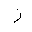
Letter: _zay